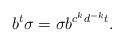
\begin{align*}b^t\sigma =\sigma b^{c^kd^{-k}t}.\end{align*}